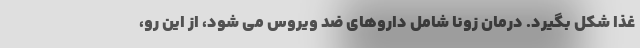
غذا شکل بگیرد. درمان زونا شامل داروهای ضد ویروس می شود، از این رو،